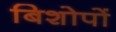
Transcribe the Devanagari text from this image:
बिशोपों